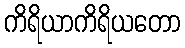
ကိရိယာကိရိယတော